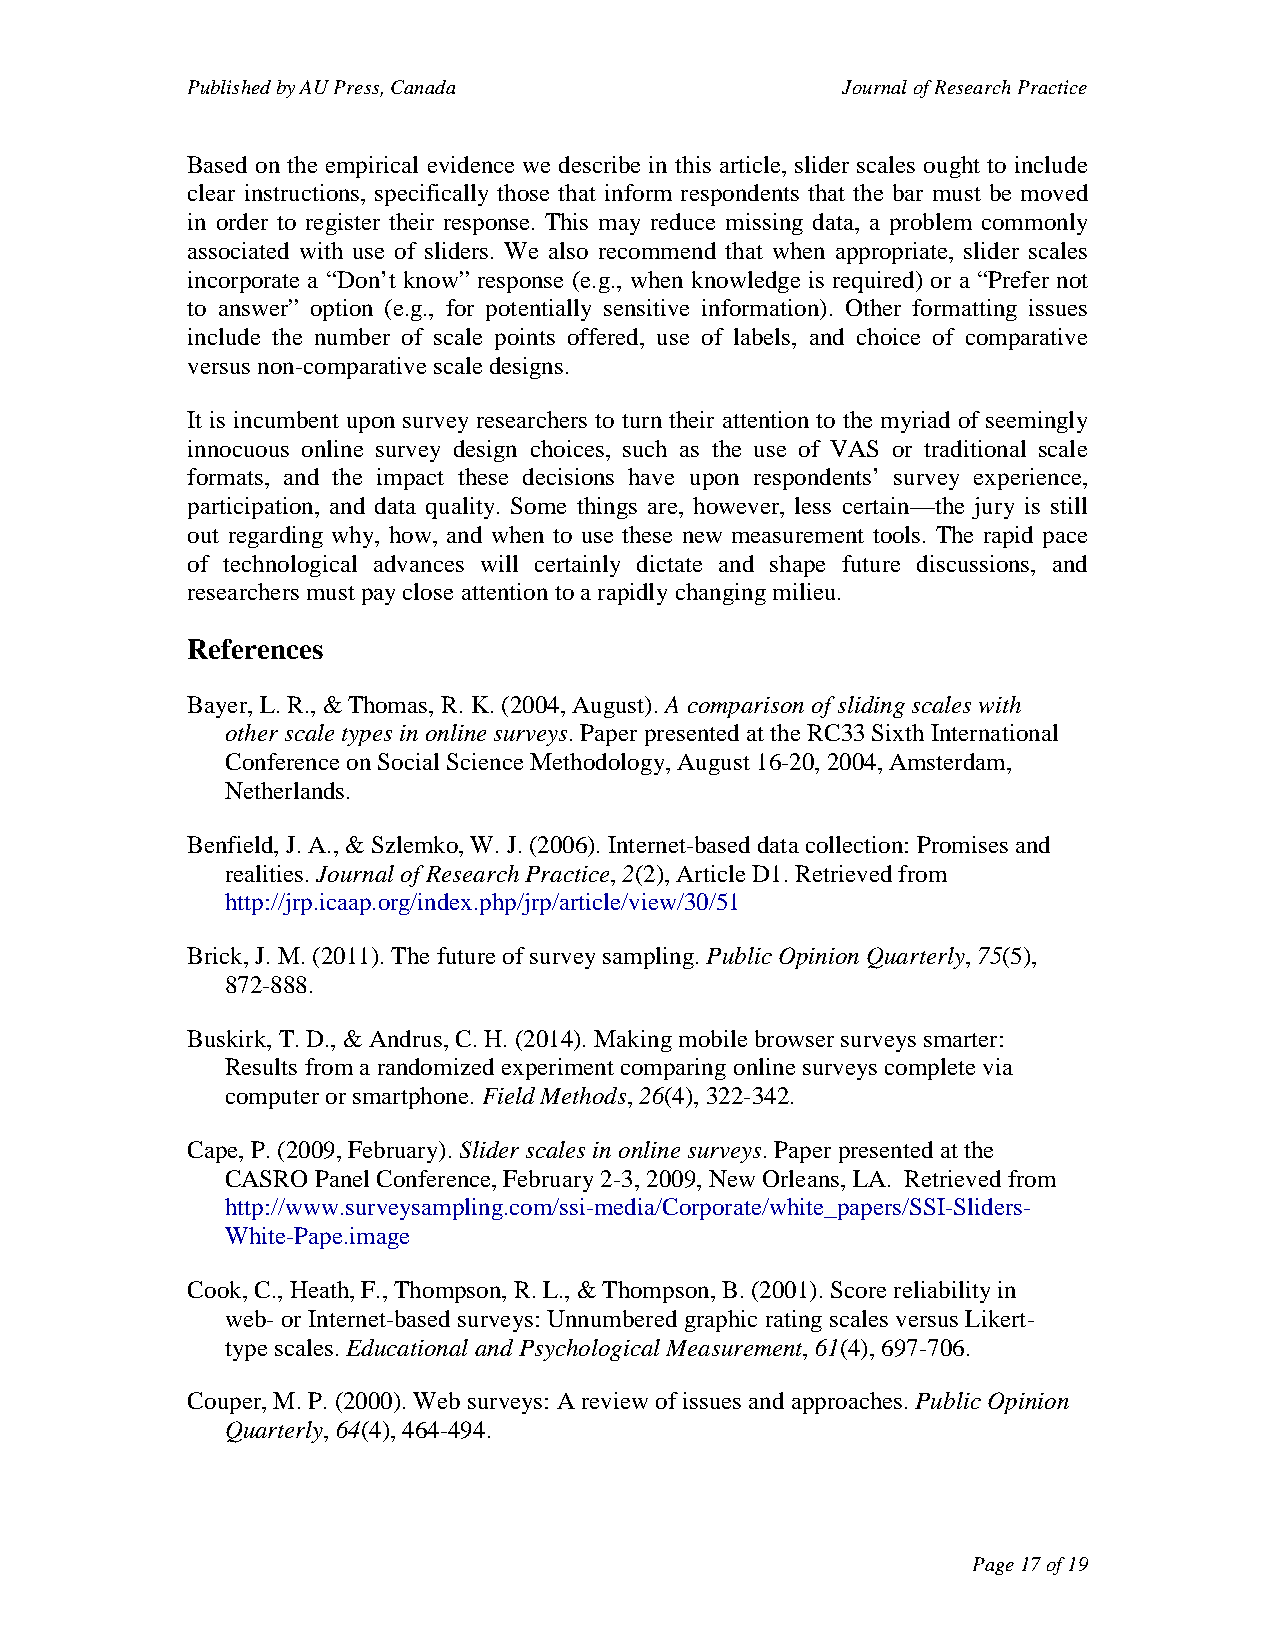
Published by AU Press, Canada               Journal of Research Practice
 Based on the empirical evidence we describe in this article, slider scales ought to include
 clear instructions, specifically those that inform respondents that the bar must be moved
 in order to register their response. This may reduce missing data, a problem commonly
 associated with use of sliders. We also recommend that when appropriate, slider scales
 incorporate a “Don’t know” response (e.g., when knowledge is required) or a “Prefer not
 to answer” option (e.g., for potentially sensitive information). Other formatting issues
 include the number of scale points offered, use of labels, and choice of comparative
 versus non-comparative scale designs.
 It is incumbent upon survey researchers to turn their attention to the myriad of seemingly
 innocuous online survey design choices, such as the use of VAS or traditional scale
 formats, and the impact these decisions have upon respondents’ survey experience,
 participation, and data quality. Some things are, however, less certain—the jury is still
 out regarding why, how, and when to use these new measurement tools. The rapid pace
 of technological advances will certainly dictate and shape future discussions, and
 researchers must pay close attention to a rapidly changing milieu.
 References
 Bayer, L. R., & Thomas, R. K. (2004, August). A comparison of sliding scales with
 other scale types in online surveys. Paper presented at the RC33 Sixth International
 Conference on Social Science Methodology, August 16-20, 2004, Amsterdam,
 Netherlands.
 Benfield, J. A., & Szlemko, W. J. (2006). Internet-based data collection: Promises and
 realities. Journal of Research Practice, 2(2), Article D1. Retrieved from
 http://jrp.icaap.org/index.php/jrp/article/view/30/51
 Brick, J. M. (2011). The future of survey sampling. Public Opinion Quarterly, 75(5),
 872-888.
 Buskirk, T. D., & Andrus, C. H. (2014). Making mobile browser surveys smarter:
 Results from a randomized experiment comparing online surveys complete via
 computer or smartphone. Field Methods, 26(4), 322-342.
 Cape, P. (2009, February). Slider scales in online surveys. Paper presented at the
 CASRO Panel Conference, February 2-3, 2009, New Orleans, LA. Retrieved from
 http://www.surveysampling.com/ssi-media/Corporate/white_papers/SSI-Sliders-
 White-Pape.image
 Cook, C., Heath, F., Thompson, R. L., & Thompson, B. (2001). Score reliability in
 web- or Internet-based surveys: Unnumbered graphic rating scales versus Likert-
 type scales. Educational and Psychological Measurement, 61(4), 697-706.
 Couper, M. P. (2000). Web surveys: A review of issues and approaches. Public Opinion
 Quarterly, 64(4), 464-494.
 Page 17 of 19